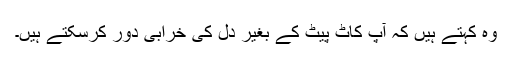
وہ کہتے ہیں کہ آپ کاٹ پِیٹ کے بغیر دل کی خرابی دور کرسکتے ہیں۔